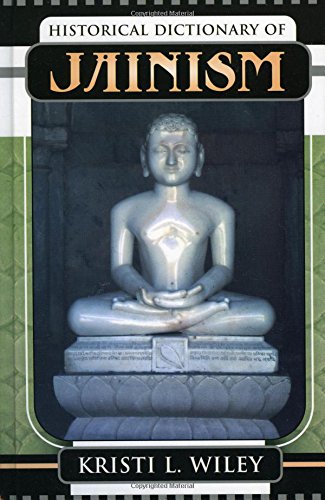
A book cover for Historical Dictionary of Jainism (Historical Dictionaries of Religions, Philosophies, and Movements Series); Kristi L. Wiley; Religion & Spirituality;